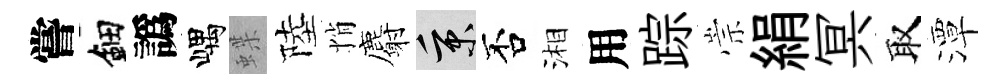
嘗鈿譌嵎蝶陸悄麝秉否湘用踪崇絹冥取潭